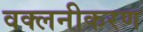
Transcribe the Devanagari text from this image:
वक्लनीकरण